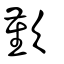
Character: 歏